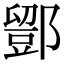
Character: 𨞌